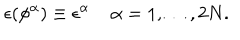
\epsilon ( \phi ^ { \alpha } ) \equiv \epsilon ^ { \alpha } \; \alpha = 1 , \ldots , 2 N .